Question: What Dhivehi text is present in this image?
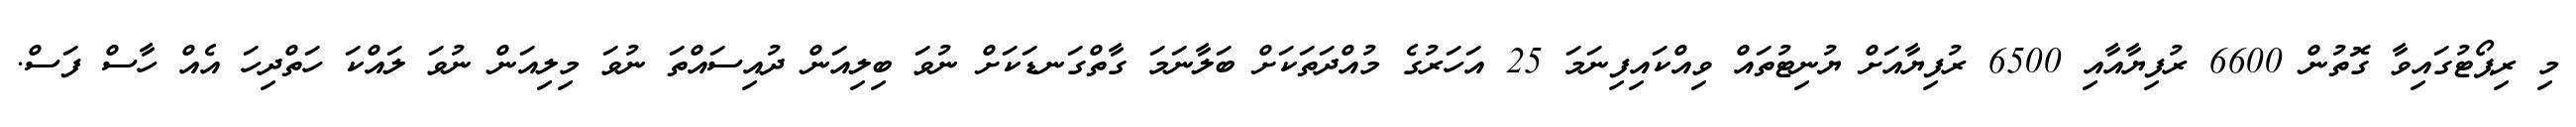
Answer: މި ރިޕޯޓުގައިވާ ގޮތުން 6600 ރުފިޔާއާއި 6500 ރުފިޔާއަށް ޔުނިޓުތައް ވިއްކައިފިނަމަ 25 އަހަރުގެ މުއްދަތަކަށް ބަލާނަމަ ގާތްގަނޑަކަށް ނުވަ ބިލިއަން ދުއިސައްތަ ނުވަ މިލިއަން ނުވަ ލައްކަ ހަތްދިހަ އެއް ހާސް ފަސް.